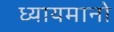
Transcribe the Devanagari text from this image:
ध्यायमानो